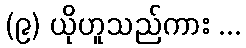
(၉) ယိုဟူသည်ကား ...